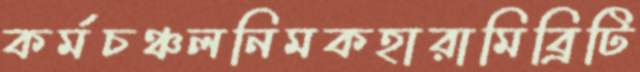
কর্মচঞ্চলনিমকহারামিব্রিটি